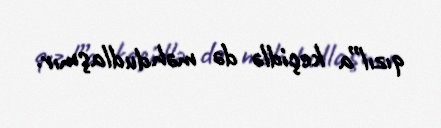
qızıl”a keçidlə də məhdudlaşmır.